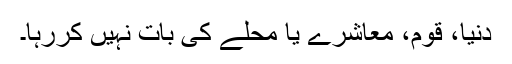
دنیا، قوم، معاشرے یا محلے کی بات نہیں کررہا۔